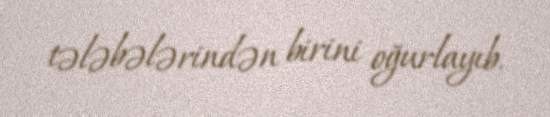
tələbələrindən birini oğurlayıb.